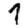
Digit: 1